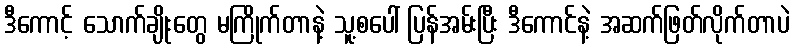
ဒီကောင့် သောက်ချိုးတွေ မကြိုက်တာနဲ့ သူ့စပေါ် ပြန်အမ်းပြီး ဒီကောင်နဲ့ အဆက်ဖြတ်လိုက်တာပဲ